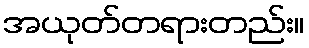
အယုတ်တရားတည်း။